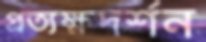
প্রত্যক্ষদর্শন